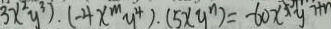
3 x ^ { 2 } y ^ { 3 } ) \cdot ( - 4 x ^ { m } y ^ { 4 } ) \cdot ( 5 x y ^ { n } ) = - 6 0 x ^ { 5 } y ^ { 7 + n }